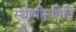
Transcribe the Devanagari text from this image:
स्थायीसमिति